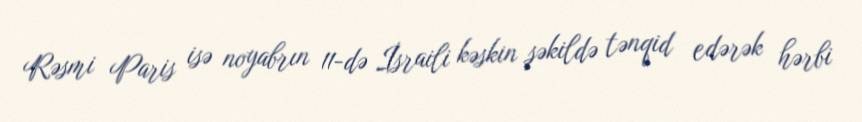
Rəsmi Paris isə noyabrın 11-də İsraili kəskin şəkildə tənqid edərək hərbi